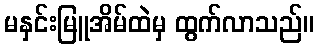
မနှင်းမြူအိမ်ထဲမှ ထွက်လာသည်။